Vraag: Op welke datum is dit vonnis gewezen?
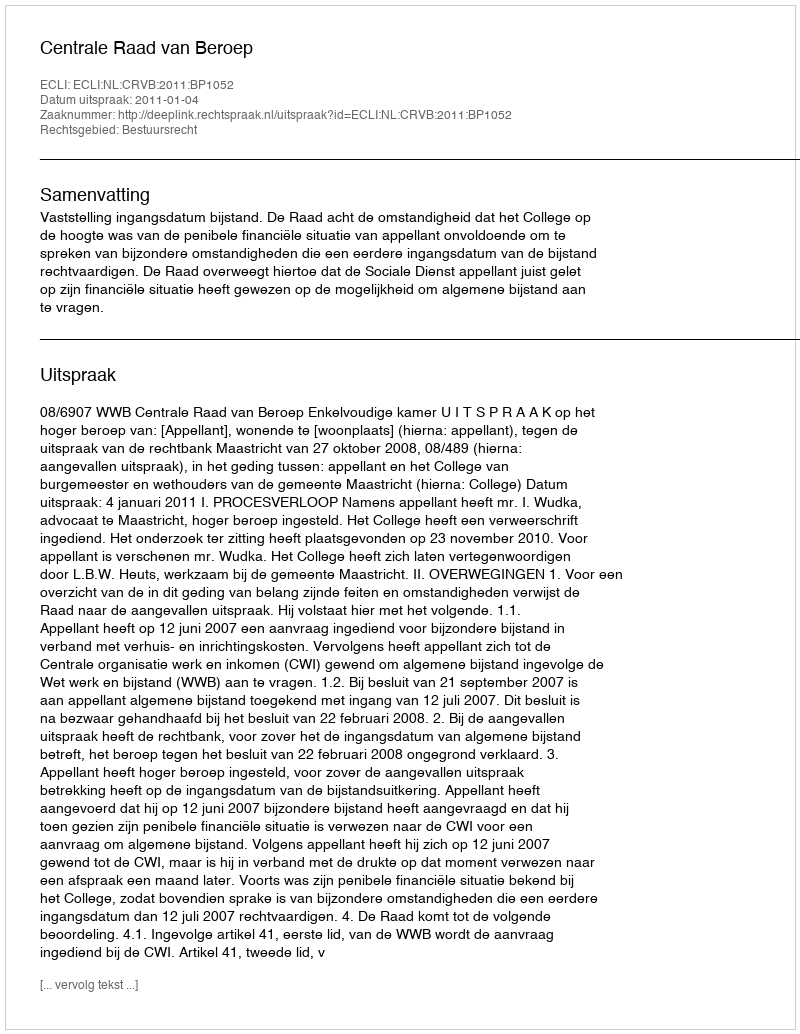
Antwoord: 2011-01-04